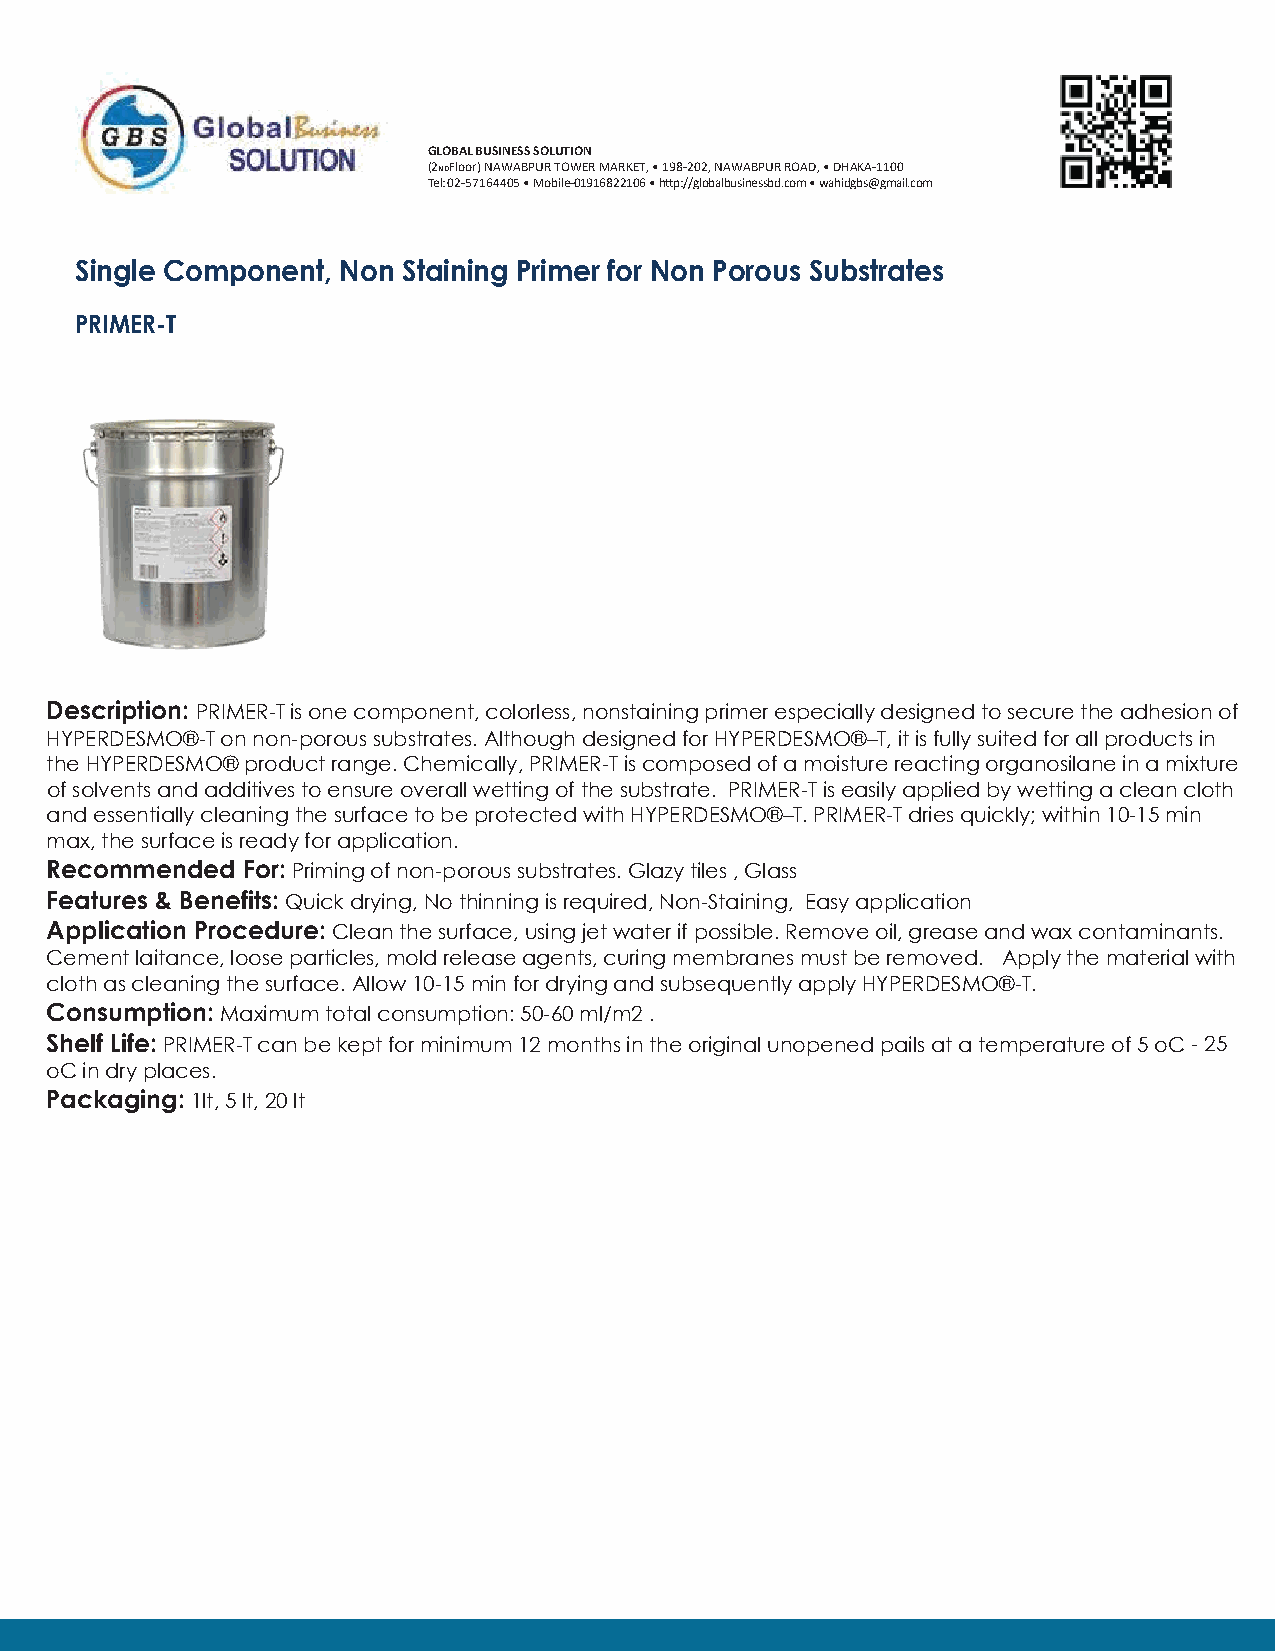
GLOBAL BUSINESS SOLUTION
 (2NDFloor) NAWABPUR TOWER MARKET, • 198-202, NAWABPUR ROAD, • DHAKA-1100
 Tel: 02-57164405 • Mobile-01916822106 • h�p://globalbusinessbd.com • wahidgbs@gmail.com
 Single Component, Non Staining Primer for Non Porous Substrates
 PRIMER-T
 Description: PRIMER-Τ is one component, colorless, nonstaining primer especially designed to secure the adhesion of
 HYPERDESMO®-Τ on non-porous substrates. Although designed for HYPERDESMO®–T, it is fully suited for all products in
 the HYPERDESMO® product range. Chemically, PRIMER-Τ is composed of a moisture reacting organosilane in a mixture
 of solvents and additives to ensure overall wetting of the substrate. PRIMER-Τ is easily applied by wetting a clean cloth
 and essentially cleaning the surface to be protected with HYPERDESMO®–T. PRIMER-Τ dries quickly; within 10-15 min
 max, the surface is ready for application.
 Recommended  For: Priming of non-porous substrates. Glazy tiles , Glass
 Features & Benefits: Quick drying, No thinning is required, Non-Staining, Easy application
 Application Procedure: Clean the surface, using jet water if possible. Remove oil, grease and wax contaminants.
 Cement laitance, loose particles, mold release agents, curing membranes must be removed. Apply the material with
 cloth as cleaning the surface. Allow 10-15 min for drying and subsequently apply HYPERDESMO®-Τ.
 Consumption: Maximum total consumption: 50-60 ml/m2 .
 Shelf Life: PRIMER-Τ can be kept for minimum 12 months in the original unopened pails at a temperature of 5 oC -25
 oC in dry places.
 Packaging: 1lt, 5 lt, 20 lt